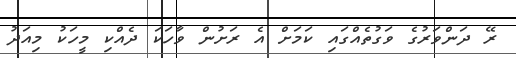
ރޭ ދަންވަރުގެ ވަގުތެއްގައި ކަމަށް އެ ރަށުން ވާހަކަ ދެއްކި މީހަކު މިއަދު